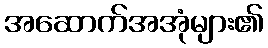
အဆောက်အအုံများ၏